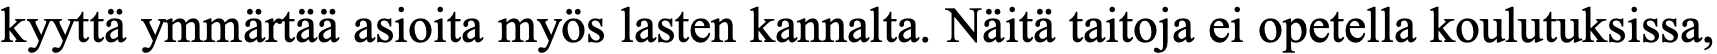
kyyttä ymmärtää asioita myös lasten kannalta. Näitä taitoja ei opetella koulutuksissa,